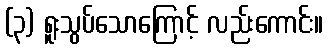
(၃) ရူးသွပ်သောကြောင့် လည်းကောင်း။